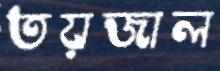
তয়জাল